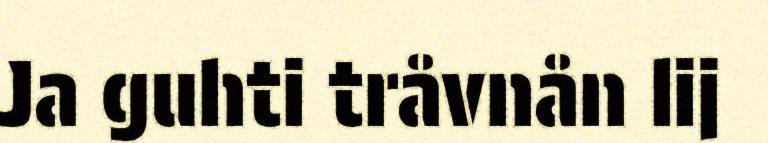
Ja guhti tråvnån lij